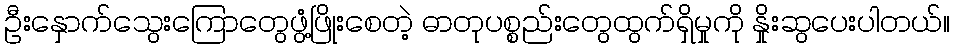
ဦးနှောက်သွေးကြောတွေဖွံ့ဖြိုးစေတဲ့ ဓာတုပစ္စည်းတွေထွက်ရှိမှုကို နှိုးဆွပေးပါတယ်။